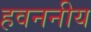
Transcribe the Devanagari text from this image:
हवननीय